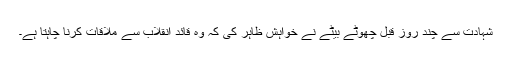
شہادت سے چند روز قبل چھوٹے بیٹے نے خواہش ظاہر کی کہ وہ قائد انقلاب سے ملاقات کرنا چاہتا ہے۔